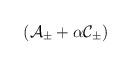
LaTeX: \begin{align*}\left( {\cal A}_{\pm }+\alpha {\cal C}_{\pm }\right)\end{align*}